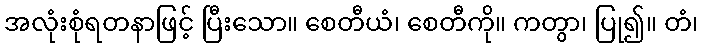
အလုံးစုံရတနာဖြင့် ပြီးသော။ စေတီယံ၊ စေတီကို။ ကတွာ၊ ပြု၍။ တံ၊